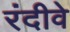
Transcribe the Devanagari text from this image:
रंदीवे